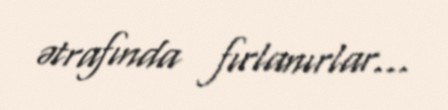
ətrafında fırlanırlar...